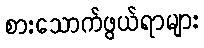
စားသောက်ဖွယ်ရာများ